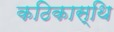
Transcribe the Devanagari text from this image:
कठिकास्थि